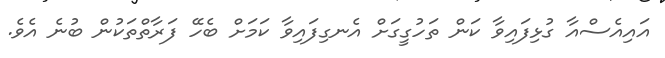
އައިއެސްއާ ގުޅިފައިވާ ކަން ތަހުގީގަށް އެނގިފައިވާ ކަމަށް ބެހޭ ފަރާތްތަކުން ބުނެ އެވެ.